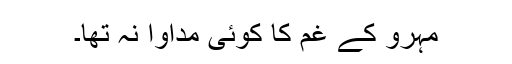
مہرو کے غم کا کوئی مداوا نہ تھا۔